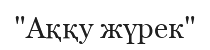
"Аққу жүрек"